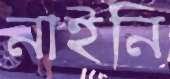
নাইনি